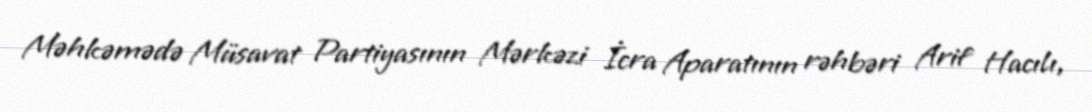
Məhkəmədə Müsavat Partiyasının Mərkəzi İcra Aparatının rəhbəri Arif Hacılı,